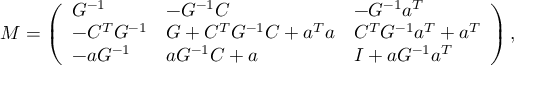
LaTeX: M = \left( \begin{array} { l l l } { { G ^ { - 1 } } } & { { - G ^ { - 1 } C } } & { { - G ^ { - 1 } a ^ { T } } } \\ { { - C ^ { T } G ^ { - 1 } } } & { { G + C ^ { T } G ^ { - 1 } C + a ^ { T } a } } & { { C ^ { T } G ^ { - 1 } a ^ { T } + a ^ { T } } } \\ { { - a G ^ { - 1 } } } & { { a G ^ { - 1 } C + a } } & { { I + a G ^ { - 1 } a ^ { T } } } \end{array} \right) ,